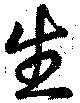
生